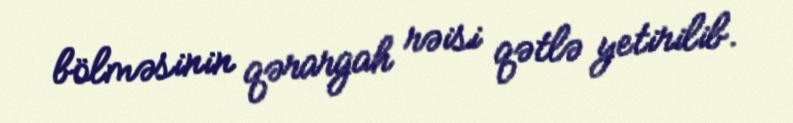
bölməsinin qərargah rəisi qətlə yetirilib.